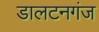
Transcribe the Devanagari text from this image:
डालटनगंज